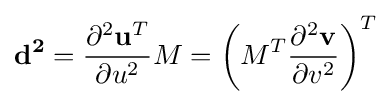
\mathbf {d^{2}} ={\frac {\partial ^{2}\mathbf {u} ^{T}}{\partial u^{2}}}M=\left(M^{T}{\frac {\partial ^{2}\mathbf {v} }{\partial v^{2}}}\right)^{T}